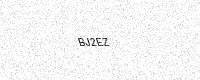
Text: BJ2EZ